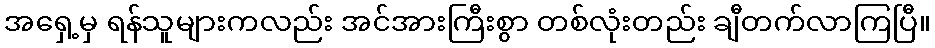
အရှေ့မှ ရန်သူများကလည်း အင်အားကြီးစွာ တစ်လုံးတည်း ချီတက်လာကြပြီ။